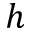
h